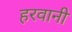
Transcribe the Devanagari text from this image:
हरवानी